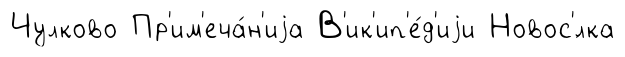
Чулково Пр'им'еча́н'иjа В'ик'ип'е́д'иjи Новос'́лка